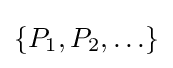
\{P_{1},P_{2},\ldots \}